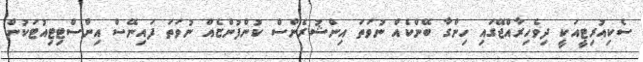
ސެކިއުރިޓީއަކީ ދިވެހިރާއްޖޭގައި ހިންގާ ބޭންކެއް ނުވަތަ އިންޝުރެންސް ކުންފުންޏެއް ނުވަތަ ފައިނޭސް އިންސްޓިޓިއުޓަކުން